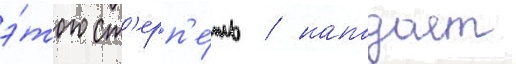
э́того ст'ерп'е́ть / нападает